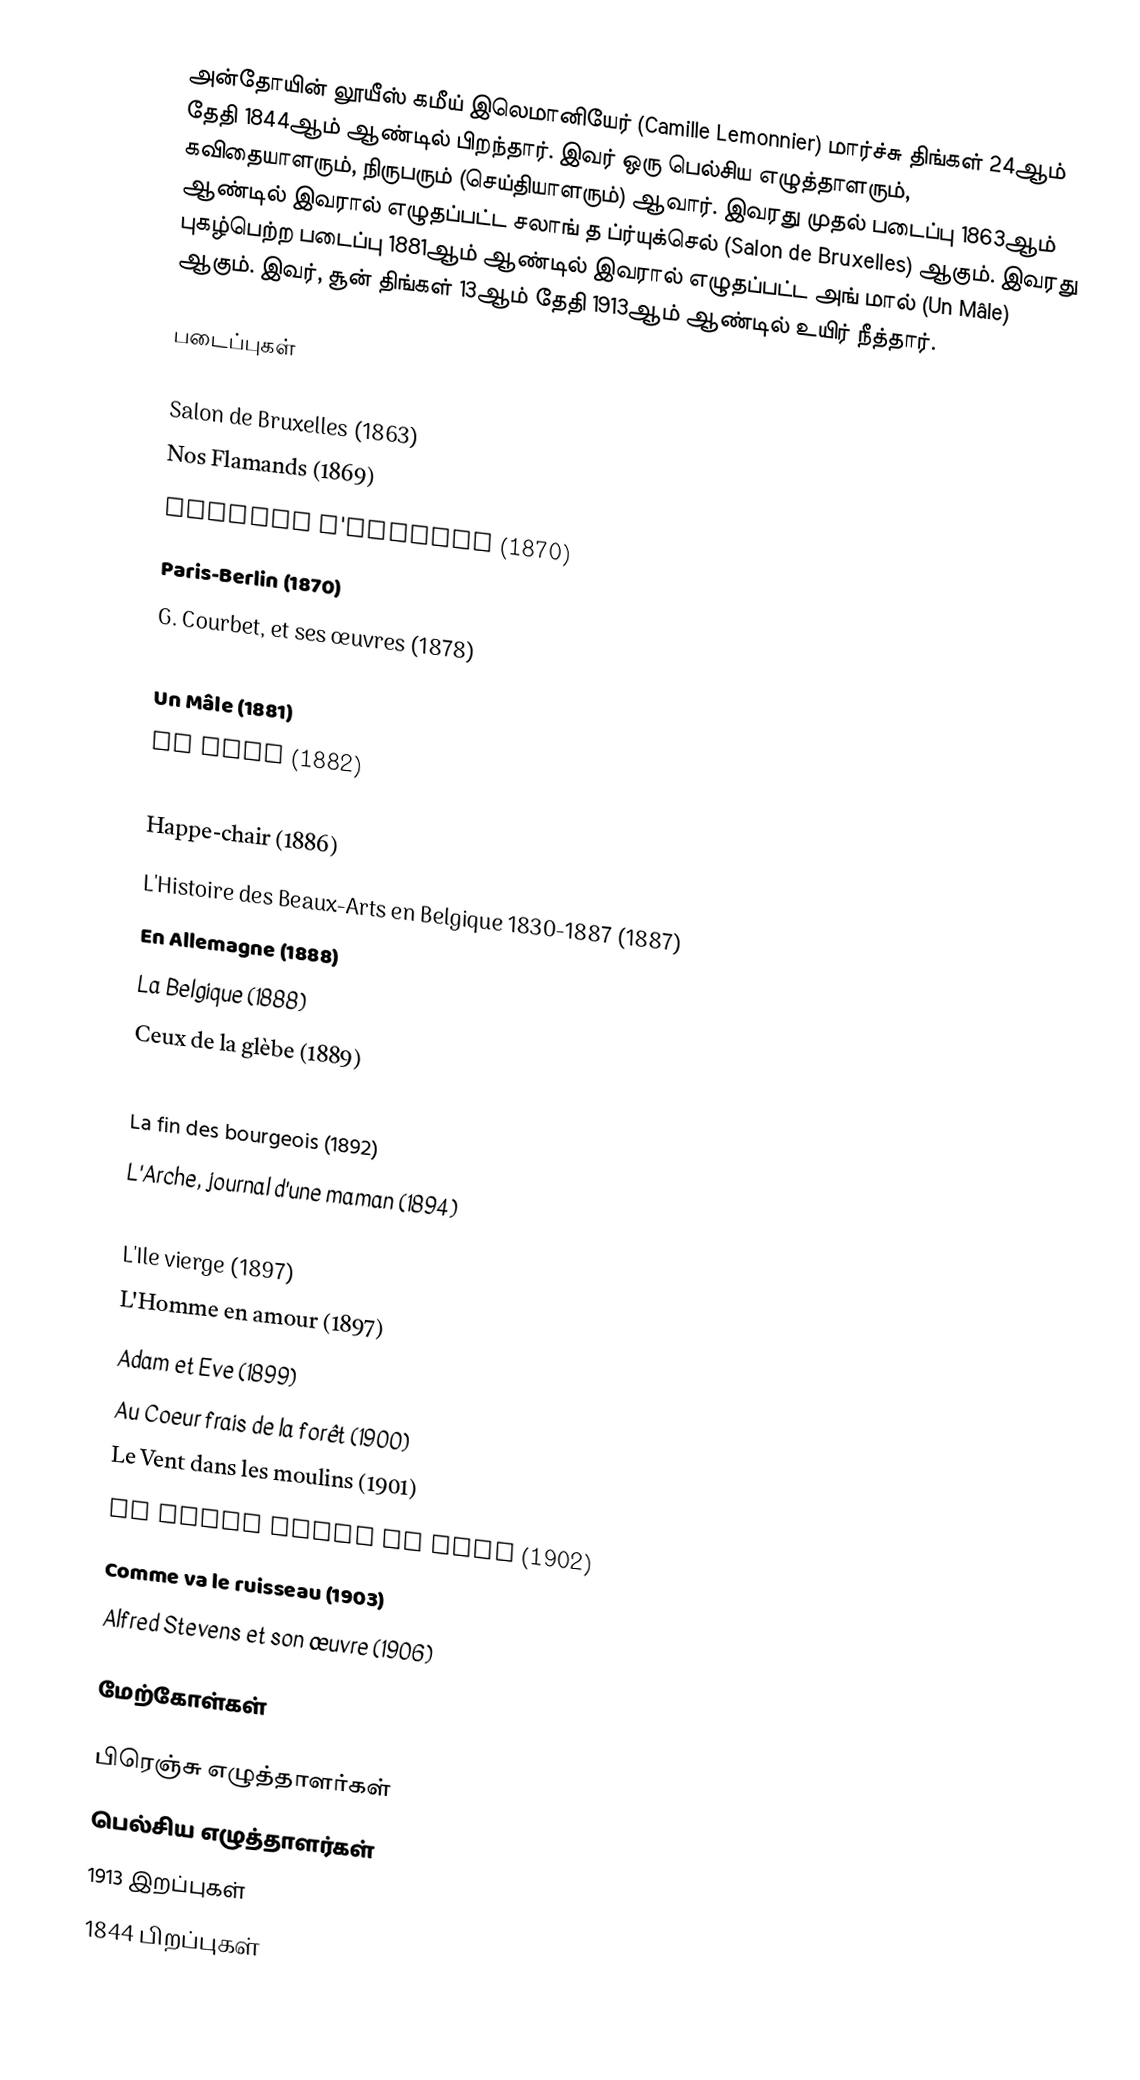
அன்தோயின் லூயீஸ் கமீய் இலெமானியேர் (Camille Lemonnier) மார்ச்சு திங்கள் 24ஆம் தேதி 1844ஆம் ஆண்டில் பிறந்தார். இவர் ஒரு பெல்சிய எழுத்தாளரும், கவிதையாளரும், நிருபரும் (செய்தியாளரும்) ஆவார். இவரது முதல் படைப்பு 1863ஆம் ஆண்டில் இவரால் எழுதப்பட்ட சலாங் த ப்ர்யுக்செல் (Salon de Bruxelles) ஆகும். இவரது புகழ்பெற்ற படைப்பு 1881ஆம் ஆண்டில் இவரால் எழுதப்பட்ட அங் மால் (Un Mâle) ஆகும். இவர், சூன் திங்கள் 13ஆம் தேதி 1913ஆம் ஆண்டில் உயிர் நீத்தார்.

படைப்புகள்

Salon de Bruxelles (1863)
Nos Flamands (1869)
Croquis d'automne (1870)
Paris-Berlin (1870)
G. Courbet, et ses œuvres (1878)
Un Coin de village (1879)
Un Mâle (1881)
Le Mort (1882)
L'Hystérique (1885)
Happe-chair (1886)
L'Histoire des Beaux-Arts en Belgique 1830-1887 (1887)
En Allemagne (1888)
La Belgique (1888)
Ceux de la glèbe (1889)
Le Possédé (1890)
La fin des bourgeois (1892)
L'Arche, journal d'une maman (1894)
La Faute de Mme Charvet (1895)
L'Ile vierge (1897)
L'Homme en amour (1897)
Adam et Eve (1899)
Au Coeur frais de la forêt (1900)
Le Vent dans les moulins (1901)
Le Petit Homme de Dieu (1902)
Comme va le ruisseau (1903)
Alfred Stevens et son œuvre (1906)

மேற்கோள்கள்

பிரெஞ்சு எழுத்தாளர்கள்
பெல்சிய எழுத்தாளர்கள்
1913 இறப்புகள்
1844 பிறப்புகள்